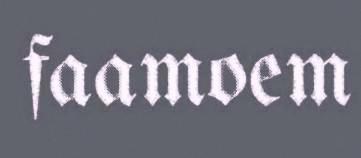
faamoem